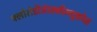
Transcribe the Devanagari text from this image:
फ्लोरोडीऑक्सीग्लूकोज़